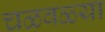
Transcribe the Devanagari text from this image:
चळवळ्या